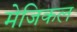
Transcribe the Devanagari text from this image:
मेजिकल